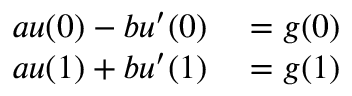
\begin{array} { r l } { a u ( 0 ) - b u ^ { \prime } ( 0 ) } & { { } = g ( 0 ) } \\ { a u ( 1 ) + b u ^ { \prime } ( 1 ) } & { { } = g ( 1 ) } \end{array}